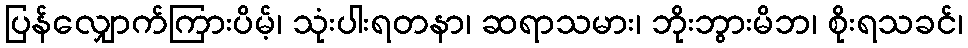
ပြန်လျှောက်ကြားပိမ့်၊ သုံးပါးရတနာ၊ ဆရာသမား၊ ဘိုးဘွားမိဘ၊ စိုးရသခင်၊